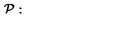
{ \cal P } : \quad